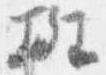
斑